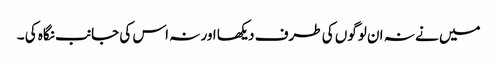
میں نے نہ ان لوگوں کی طرف دیکھا اور نہ اس کی جانب نگاہ کی ۔